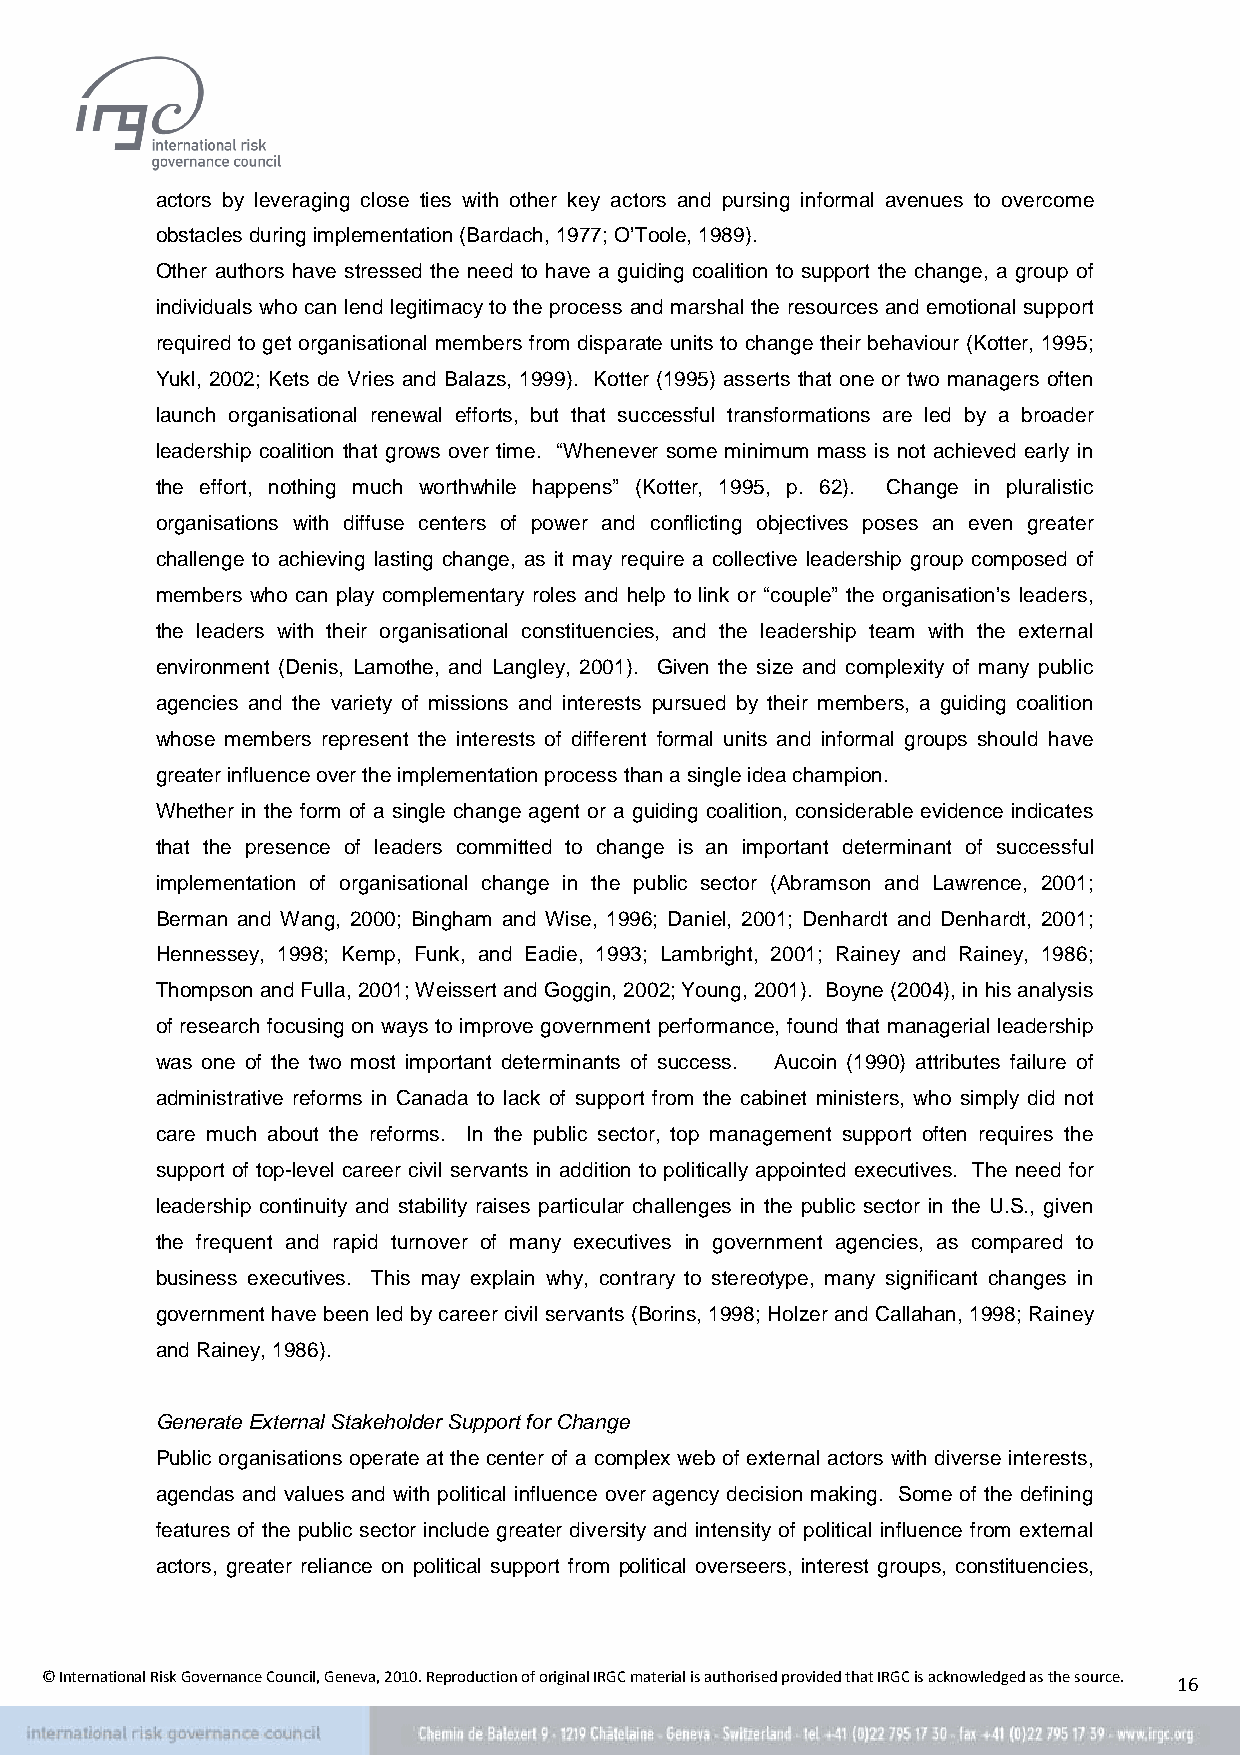
actors by leveraging close ties with other key actors and pursing informal avenues to overcome
 obstacles during implementation (Bardach, 1977; O’Toole, 1989).
 Other authors have stressed the need to have a guiding coalition to support the change, a group of
 individuals who can lend legitimacy to the process and marshal the resources and emotional support
 required to get organisational members from disparate units to change their behaviour (Kotter, 1995;
 Yukl, 2002; Kets de Vries and Balazs, 1999). Kotter (1995) asserts that one or two managers often
 launch organisational renewal efforts, but that successful transformations are led by a broader
 leadership coalition that grows over time. “Whenever some minimum mass is not achieved early in
 the effort, nothing much worthwhile happens” (Kotter, 1995, p. 62). Change in pluralistic
 organisations with diffuse centers of power and conflicting objectives poses an even greater
 challenge to achieving lasting change, as it may require a collective leadership group composed of
 members who can play complementary roles and help to link or “couple” the organisation’s leaders,
 the leaders with their organisational constituencies, and the leadership team with the external
 environment (Denis, Lamothe, and Langley, 2001). Given the size and complexity of many public
 agencies and the variety of missions and interests pursued by their members, a guiding coalition
 whose members represent the interests of different formal units and informal groups should have
 greater influence over the implementation process than a single idea champion.
 Whether in the form of a single change agent or a guiding coalition, considerable evidence indicates
 that the presence of leaders committed to change is an important determinant of successful
 implementation of organisational change in the public sector (Abramson and Lawrence, 2001;
 Berman and Wang, 2000; Bingham and Wise, 1996; Daniel, 2001; Denhardt and Denhardt, 2001;
 Hennessey, 1998; Kemp, Funk, and Eadie, 1993; Lambright, 2001; Rainey and Rainey, 1986;
 Thompson and Fulla, 2001; Weissert and Goggin, 2002; Young, 2001). Boyne (2004), in his analysis
 of research focusing on ways to improve government performance, found that managerial leadership
 was one of the two most important determinants of success. Aucoin (1990) attributes failure of
 administrative reforms in Canada to lack of support from the cabinet ministers, who simply did not
 care much about the reforms. In the public sector, top management support often requires the
 support of top-level career civil servants in addition to politically appointed executives. The need for
 leadership continuity and stability raises particular challenges in the public sector in the U.S., given
 the frequent and rapid turnover of many executives in government agencies, as compared to
 business executives. This may explain why, contrary to stereotype, many significant changes in
 government have been led by career civil servants (Borins, 1998; Holzer and Callahan, 1998; Rainey
 and Rainey, 1986).
 Generate External Stakeholder Support for Change
 Public organisations operate at the center of a complex web of external actors with diverse interests,
 agendas and values and with political influence over agency decision making. Some of the defining
 features of the public sector include greater diversity and intensity of political influence from external
 actors, greater reliance on political support from political overseers, interest groups, constituencies,
 © International Risk Governance Council, Geneva, 2010. Reproduction of original IRGC material is authorised provided that IRGC is acknowledged as the source. 16